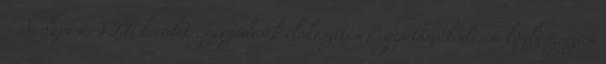
- Budapest, VII. kerület .szerződések előkészítése; együttműködés a közbeszerzési